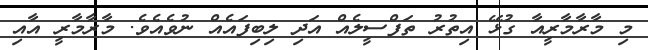
މި މާރާމާރީއާ ގުޅޭ އިތުރު ތަފްސީލެއް އަދި ލިބިފައެއް ނުވެއެވެ. މާރާމާރީ އާއި